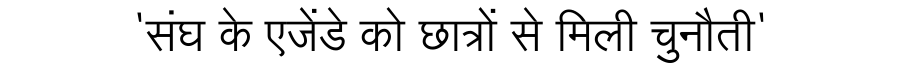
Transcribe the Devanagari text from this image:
'संघ के एजेंडे को छात्रों से मिली चुनौती'